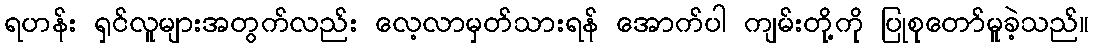
ရဟန်း ရှင်လူများအတွက်လည်း လေ့လာမှတ်သားရန် အောက်ပါ ကျမ်းတို့ကို ပြုစုတော်မူခဲ့သည်။